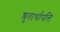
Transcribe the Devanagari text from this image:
श्रुतार्थापत्ति